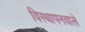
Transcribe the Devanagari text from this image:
विस्थापनवाले